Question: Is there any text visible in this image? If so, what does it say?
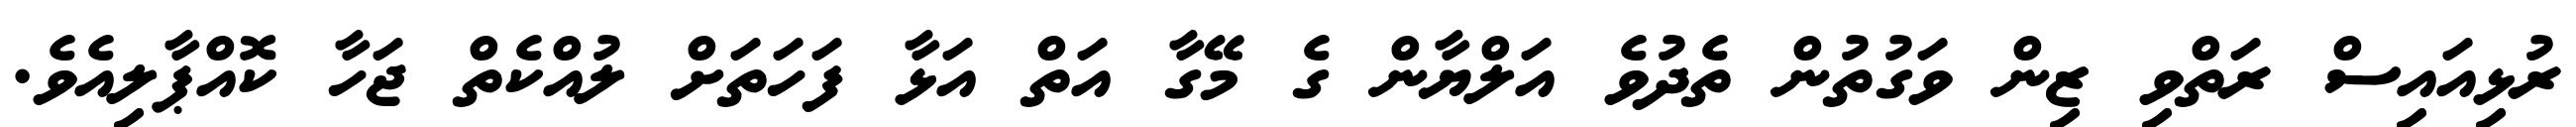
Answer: ރުޅިއައިސް ރަތްވި ޒިން ވަގުތުން ތެދުވެ އަލްޔާން ގެ މޭގާ އަތް އަޅާ ފަހަތަށް ލުއްކެތް ޖަހާ ކޮއްޕާލިއެވެ.